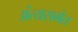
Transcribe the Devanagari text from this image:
अंत्यसभेत